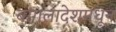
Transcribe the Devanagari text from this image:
बांगलादेशमधून